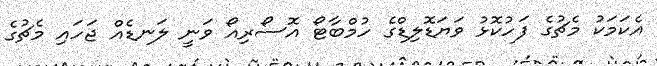
އެކަމަކު މެޗުގެ ފަހުކޮޅު ވަޔަޑޮލިޑްގެ ހުމްބާޓޯ އޮސޯރިއޯ ވަނީ ލަނޑެއް ޖަހައި މެޗުގެ